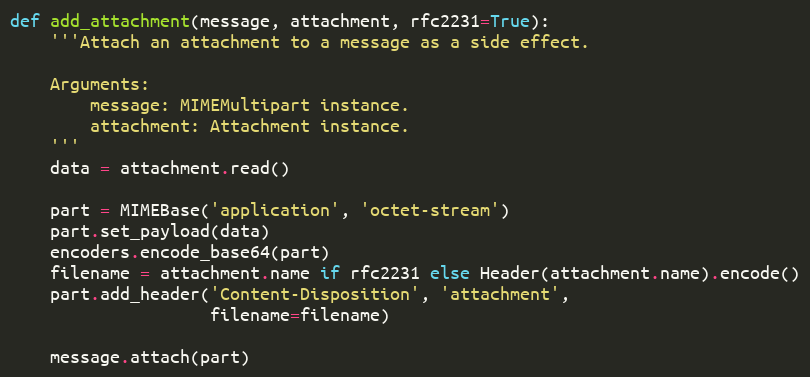
Language: Python
def add_attachment(message, attachment, rfc2231=True):
    '''Attach an attachment to a message as a side effect.

    Arguments:
        message: MIMEMultipart instance.
        attachment: Attachment instance.
    '''
    data = attachment.read()

    part = MIMEBase('application', 'octet-stream')
    part.set_payload(data)
    encoders.encode_base64(part)
    filename = attachment.name if rfc2231 else Header(attachment.name).encode()
    part.add_header('Content-Disposition', 'attachment',
                    filename=filename)

    message.attach(part)